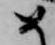
め